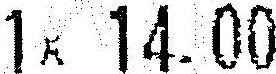
1X 14.00